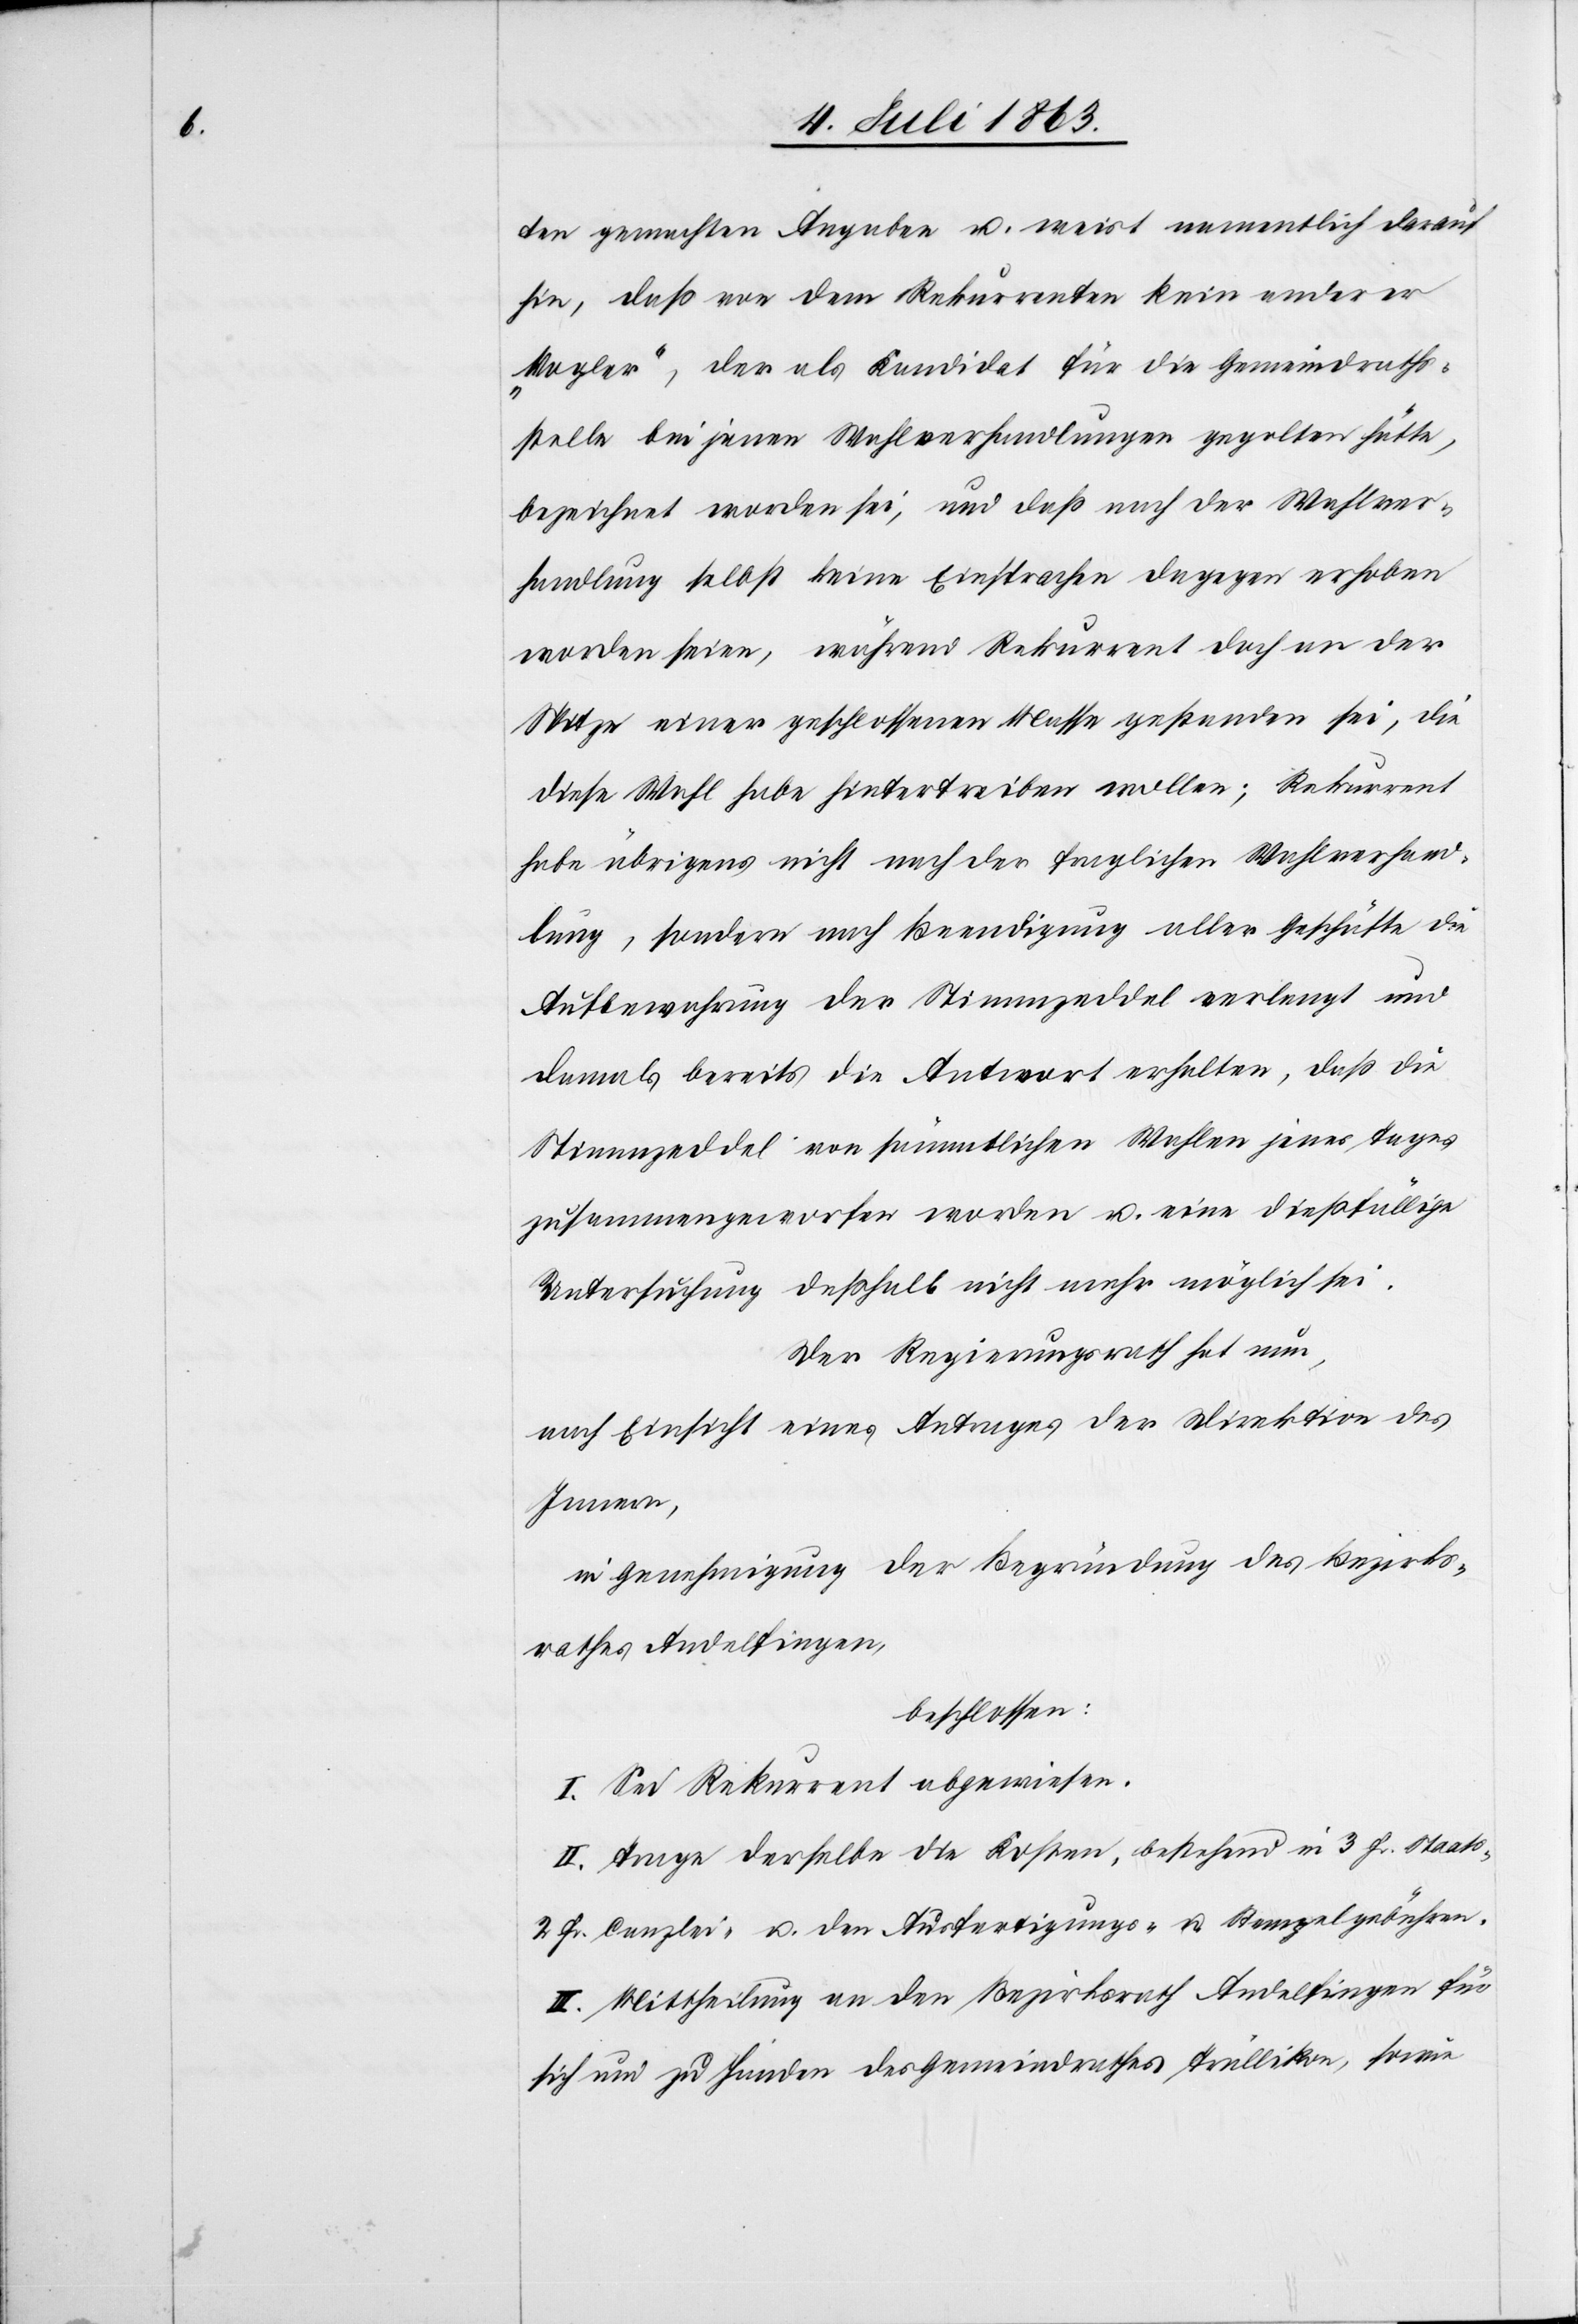
ten gemachten Angaben u. weist namentlich darauf
hin, daß von dem Rekurrenten kein anderer
„Vogler“, der als Kandidat für die Gemeindraths¬
stelle bei jenen Wahlverhandlungen gegolten hätte,
bezeichnet worden sei, und daß nach der Wahlver¬
handlung selbst keine Einsprachen dagegen erhoben
worden seien, während Rekurrent doch an der
Spitze einer geschlossenen Masse gestanden sei, die
diese Wahl habe hintertreiben wollen; Rekurrent
habe übrigens nicht nach der fraglichen Wahlverhand¬
lung, sondern nach Beendigung aller Geschäfte die
Aufbewahrung der Stimmzeddel verlangt und
damals bereits die Antwort erhalten, daß die
Stimmzeddel von sämmtlichen Wahlen jedes Tages
zusammengeworfen worden u. eine dießfällige
Untersuchung deßhalb nicht mehr möglich sei.
Der Regierungsrath hat nun,
nach Einsicht eines Antrages der Direktion des
Innern,
in Genehmigung der Begründung des Bezirks¬
rathes Andelfingen,
beschlossen:
I. Sei Rekurrent abgewiesen.
II. Trage derselbe die Kosten, bestehend in 3 Fr. Staats-[,]
2 Fr. Canzlei- u. den Ausfertigungs- u. Stempelgebühren.
III. Mittheilung an den Bezirksrath Andelfingen für
sich und zu Handen des Gemeindrathes Trüllikon, sowie